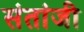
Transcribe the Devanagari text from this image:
संतांजी